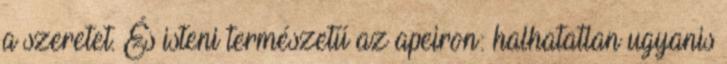
a szeretet. És isteni természetű az apeiron: halhatatlan ugyanis